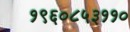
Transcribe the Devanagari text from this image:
१९६०८५३११०